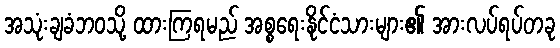
အသုံးချခံဘဝသို့ ထားကြရမည် အစ္စရေးနိုင်ငံသားများ၏ အားလပ်ရပ်တခု